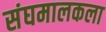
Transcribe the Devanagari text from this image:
संघमालकला